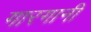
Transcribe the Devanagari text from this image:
गारगानी